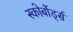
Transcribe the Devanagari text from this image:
स्कोर्बोर्ड्स